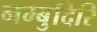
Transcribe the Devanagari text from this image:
नम्बुदिरि